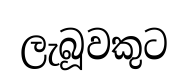
ලැබූවකුට